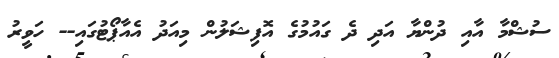
ސުޝްމާ އާއި ދުންޔާ އަދި ދެ ގައުމުގެ އޮފިޝަލުން މިއަދު އެއާޕޯޓުގައި-- ހަވީރު